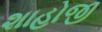
શાહોજી